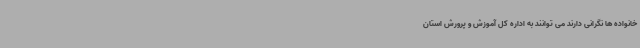
خانواده ها نگرانی دارند می توانند به اداره کل آموزش و پرورش استان